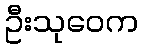
ဦးသုဝေက